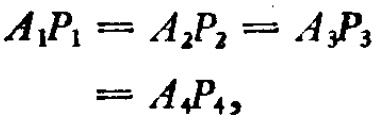
\[
\begin{align*}
A_{1}P_{1}&=A_{2}P_{2}=A_{3}P_{3}\\
&=A_{4}P_{4},
\end{align*}
\]